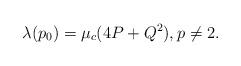
LaTeX: \begin{align*} \lambda(p_0)=\mu_c(4P+Q^2), p\ne 2.\end{align*}